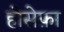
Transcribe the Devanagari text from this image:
होसेफ़ा